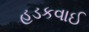
હડકવાઈ